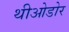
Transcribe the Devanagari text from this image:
थीओडोर